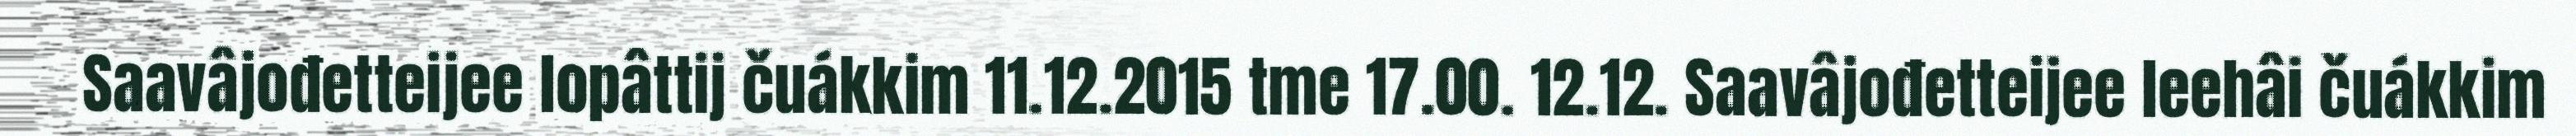
Saavâjođetteijee lopâttij čuákkim 11.12.2015 tme 17.00. 12.12. Saavâjođetteijee leehâi čuákkim